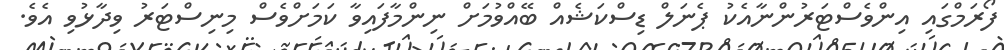
ފޯރަމްގައި އިންވެސްޓަރުންނާއެކު ޕެނަލް ޑިސްކަޝެއް ބޭއްވުމަށް ނިންމާފައިވާ ކަމަށްވެސް މިނިސްޓަރު ވިދާޅުވި އެވެ.